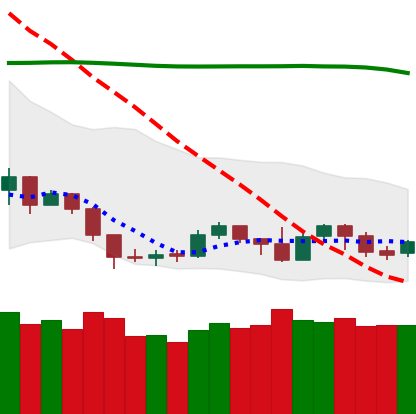
Ticker: NEO-USD
Chart end date: 2019-09-12
Forward return: 5.963%
Label: up_5_7